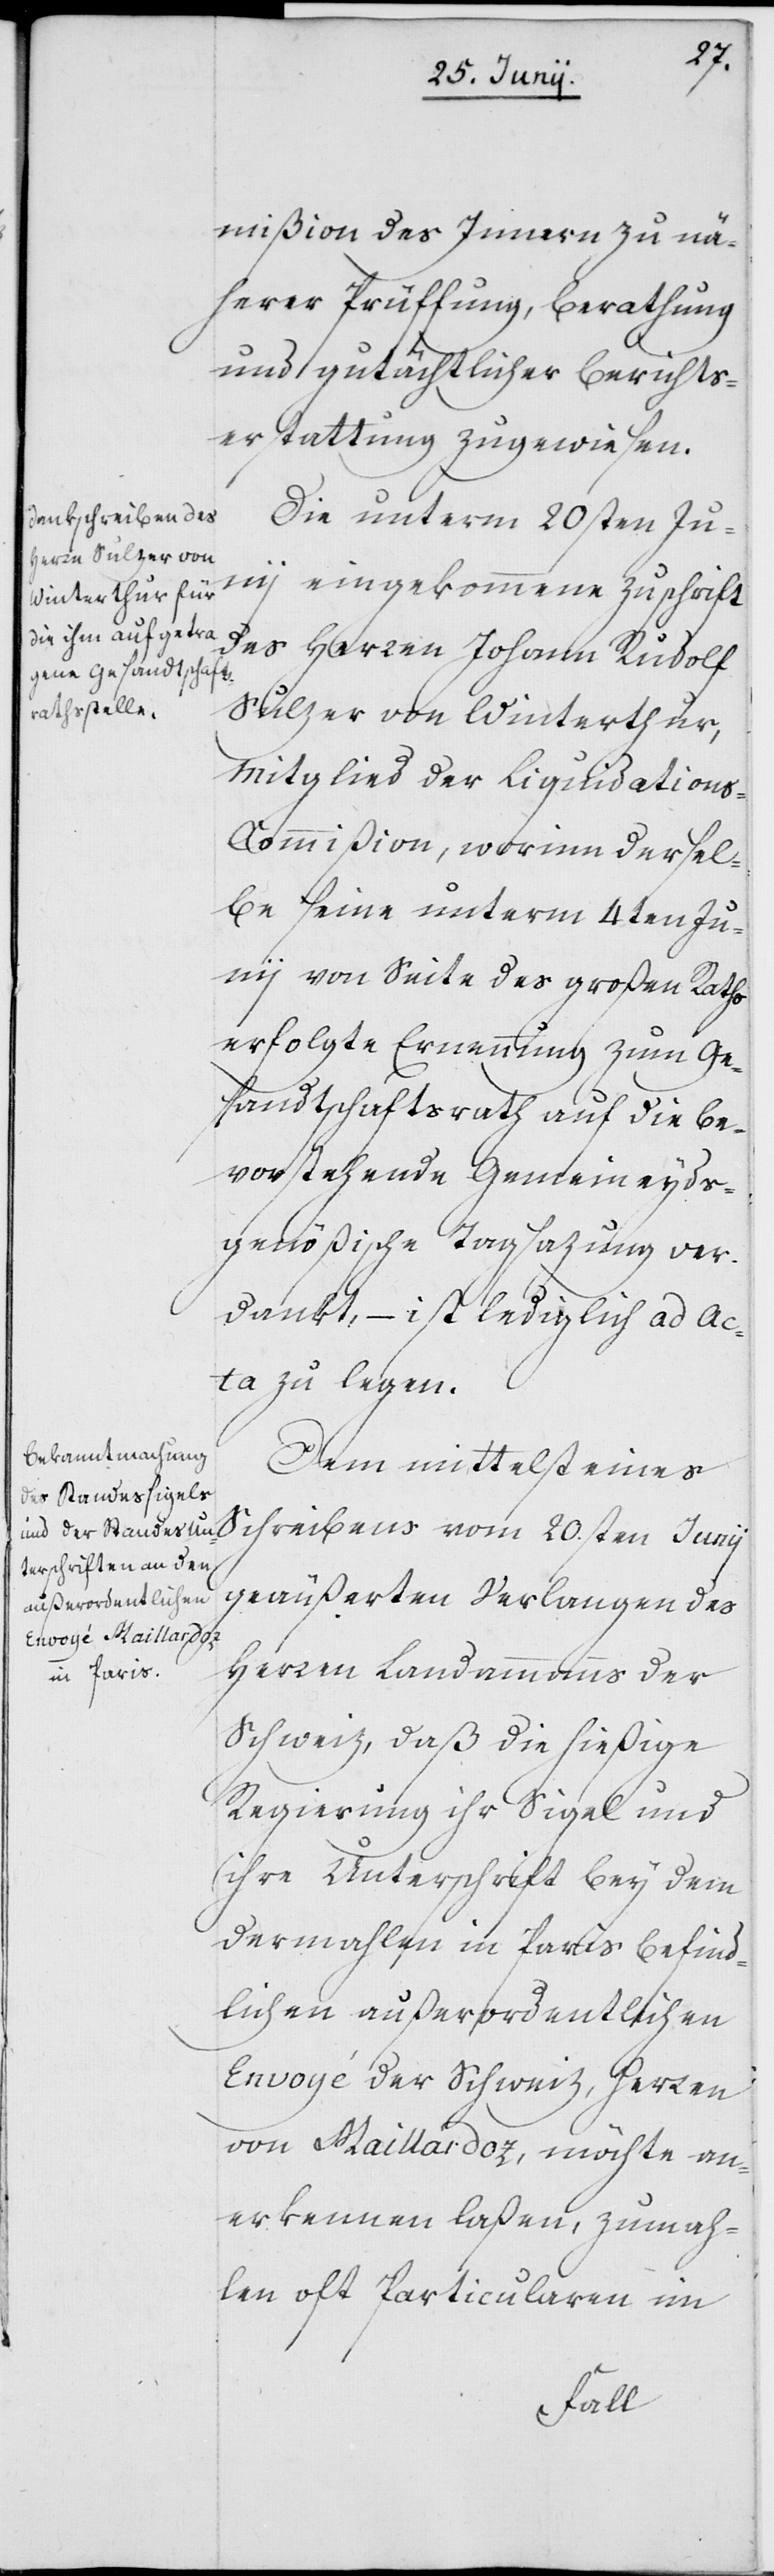
mißion des Innern zu nä¬
herer Prüffung, Berathung
und gutächtlicher Berichts¬
erstatung zugewiesen.
Die unterm 20sten Ju¬
nii eingekommene Zuschrift
des Herren Johann Rudolf
Sulzer von Winterthur,
Mitglied der Liquidation¬
s-Commißion, worinn dersel¬
be seine unterm 4ten Ju¬
nii von Seite des großen Raths
erfolgte Ernennung zum Ge¬
sandtschaftsrath auf die be¬
vorstehende Gemeineyds¬
genößische Tagsazung ver¬
dankt, – ist lediglich ad Ac¬
ta zu legen.
Dem mittelst eines
geäußerten Verlangen des
Herren Landammanns der
Schweiz, daß die hießige
Regierung ihr Sigel und
ihre Unterschrift bey dem
dermahlen in Paris befind¬
lichen außerordentlichen
Envoyé der Schweiz, Herren
von Maillardoz, möchte an¬
erkennen laßen, zumah¬
len oft Particularen im